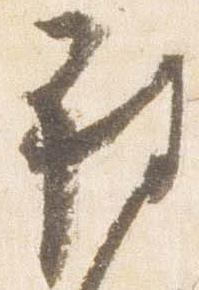
被